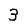
Digit: 3